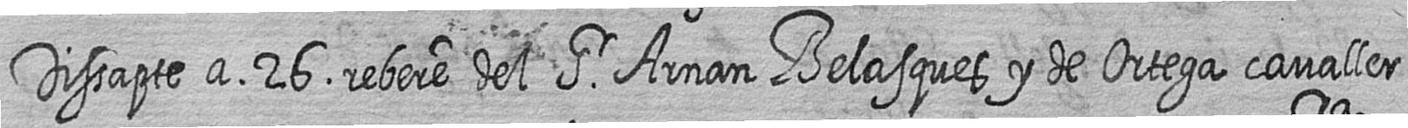
Dissapte a 26 rebere del Sr Arnan Belasques y de Ortega cavaller